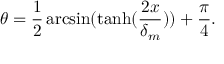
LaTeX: \theta = \frac 1 2 \arcsin ( \operatorname { t a n h } ( \frac { 2 x } { \delta _ { m } } ) ) + \frac \pi 4 .